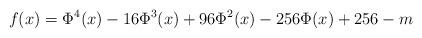
LaTeX: \begin{align*} f(x)=\Phi^4(x)-16\Phi^3(x)+96\Phi^2(x)-256\Phi(x)+256-m \end{align*}